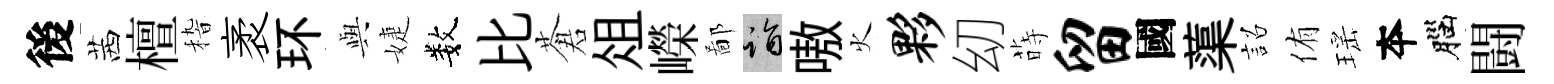
後茜檀𥟵袤环𫤰婕数比蒼俎嶸鄙诣嗷火夥㓜蒔留國蕖詔侑瑶夲腦闘